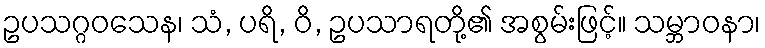
ဥပသဂ္ဂဝသေန၊ သံ, ပရိ, ဝိ, ဥပသာရတို့၏ အစွမ်းဖြင့်။ သမ္ဘာဝနာ၊